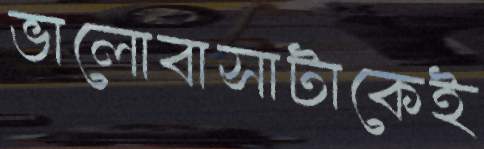
ভালোবাসাটাকেই